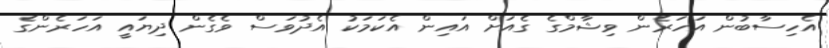
އެހިސާބުން އަހަރެން ވިޝާމްގެ ގެއަށް އައިން އެކަމަކު އެދުވަސް ވެގެން ދިޔައީ އަހަރެންގެ